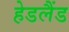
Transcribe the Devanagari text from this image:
हेडलैंड